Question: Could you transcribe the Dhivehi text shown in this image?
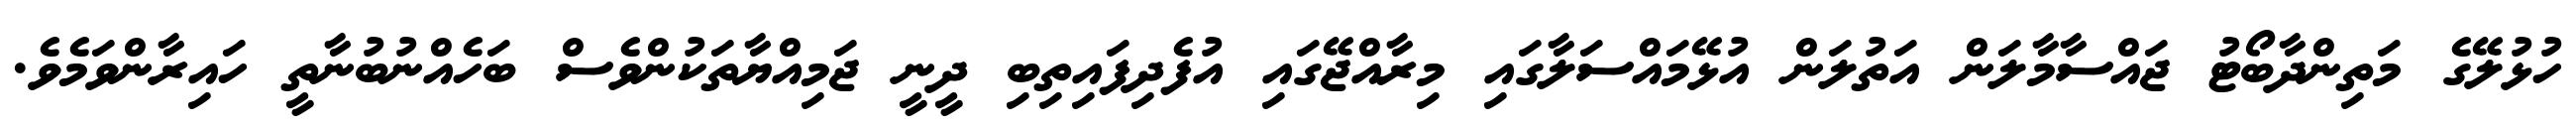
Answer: ހުޅުލޭގެ މަތިންދާބޯޓު ޖައްސާމާލަން އަތުލަން އުޅޭމައްސަލާގައި މިރާއްޖޭގައި އުފެދިފައިތިބި ދީނީ ޖަމިއްޔާތަކުންވެސް ބަހެއްނުބުނާތީ ހައިރާންވަމެވެ.